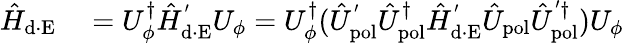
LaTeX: \begin{array}{rl}{\hat{H}_{\mathrm{d\cdot E}}}&{{}=U_{\phi}^{\dagger}\hat{H}_{\mathrm{d\cdot E}}^{'}U_{\phi}=U_{\phi}^{\dagger}(\hat{U}_{\mathrm{pol}}^{'}\hat{U}_{\mathrm{pol}}^{\dagger}\hat{H}_{\mathrm{d\cdot E}}^{'}\hat{U}_{\mathrm{pol}}\hat{U}_{\mathrm{pol}}^{'\dagger})U_{\phi}}\end{array}